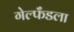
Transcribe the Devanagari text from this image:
गेल्फँडला